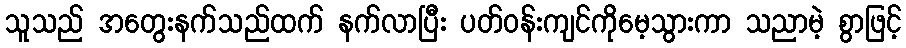
သူသည် အတွေးနက်သည်ထက် နက်လာပြီး ပတ်ဝန်းကျင်ကိုမေ့သွားကာ သညာမဲ့ စွာဖြင့်